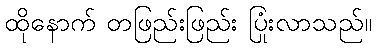
ထိုနောက် တဖြည်းဖြည်း ပြုံးလာသည်။